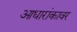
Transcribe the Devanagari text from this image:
आधारांकावर